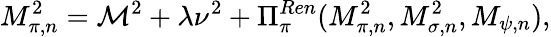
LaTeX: M_{\pi,n}^{2}=\mathcal{M}^{2}+\lambda\nu^{2}+\Pi_{\pi}^{Ren}(M_{\pi,n}^{2},M_{\sigma,n}^{2},M_{\psi,n}),